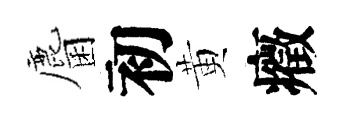
麕初黄癥